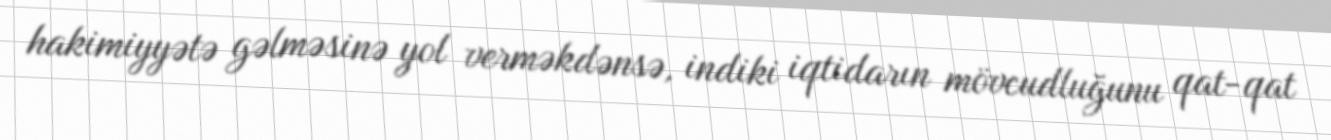
hakimiyyətə gəlməsinə yol verməkdənsə, indiki iqtidarın mövcudluğunu qat-qat